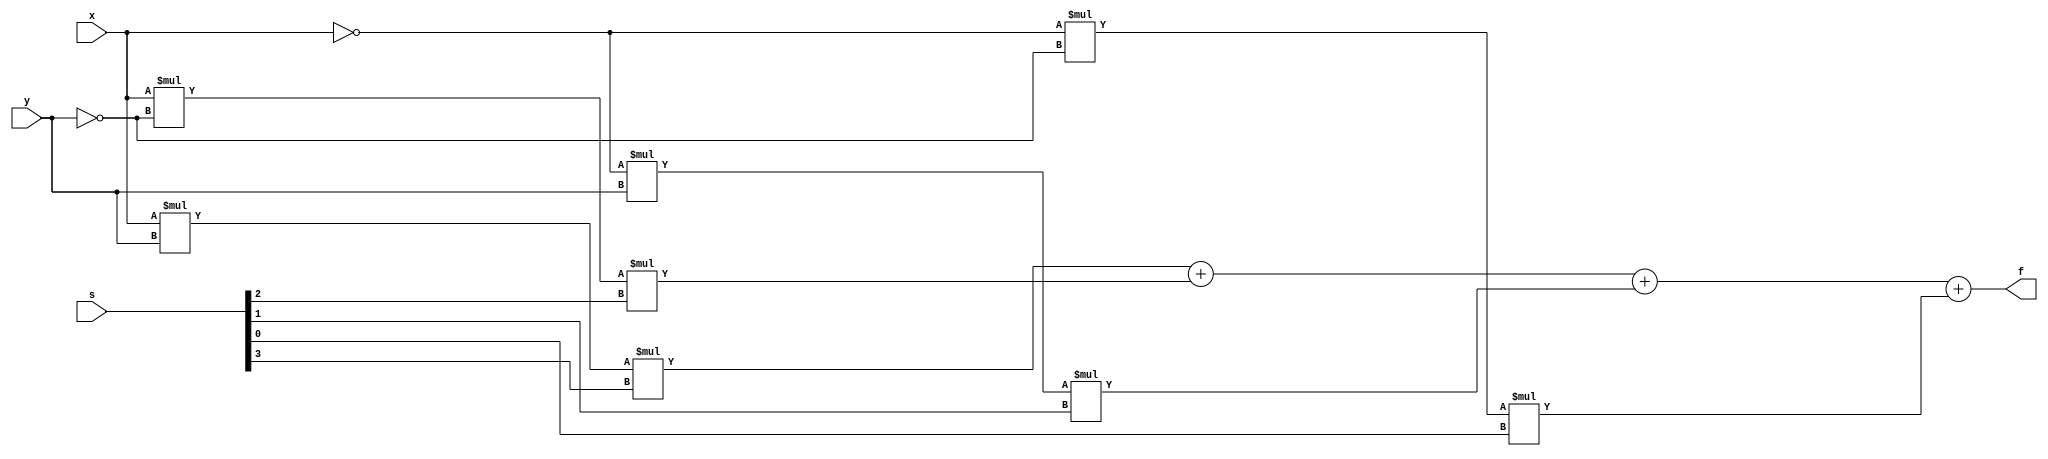
module logicUnits(x, y, s, f);
    input x, y;
    input wire[3:0] s;
    output reg f;

    reg f1, f2, f3, f4;

    always @* begin
        f1 = x*y*s[3];
        f2 = x*(~y)*s[2];
        f3 = (~x)*y*s[1];
        f4 = (~x)*(~y)*s[0];

        f = f1 + f2 + f3 + f4;
    end
endmodule